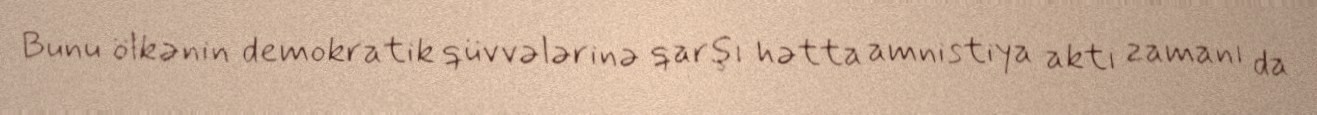
Bunu ölkənin demokratik qüvvələrinə qarşı hətta amnistiya aktı zamanı da